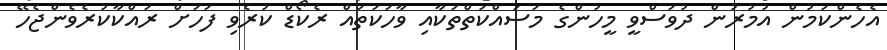
އެހެންކަމުން އުމުރުން ދުވަސްވީ މީހުންގެ މަސައްކަތްތަކާއި ވާހަކަތައް ރެކޯޑް ކުރެވި ފަހަށް ރައްކާކުރެވެންޖެހޭ